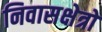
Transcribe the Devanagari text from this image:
निवासक्षेत्रों